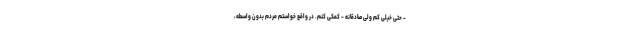
- حتی خیلی کم ولی صادقانه - کمکی کنم. در واقع خواستم مردم بدون واسطه،